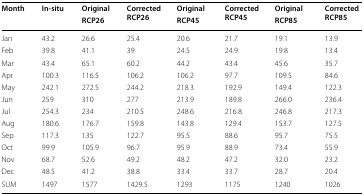
| <ROWSPAN=2> Month | <ROWSPAN=2> In-situ | Original | <ROWSPAN=2> Corrected RCP26 | Original | <ROWSPAN=2> Corrected RCP45 | Original | <ROWSPAN=2> Corrected RCP85 |
 | RCP26 | RCP45 | RCP85 |
 | --- | --- | --- | --- | --- | --- | --- | --- |
 | Jan | 43.2 | 26.6 | 25.4 | 20.6 | 21.7 | 19.1 | 13.9 |
 | Feb | 39.8 | 41.1 | 39 | 24.5 | 24.9 | 19.8 | 13.4 |
 | Mar | 43.4 | 65.1 | 60.2 | 44.2 | 43.4 | 45.6 | 35.7 |
 | Apr | 100.3 | 116.5 | 106.2 | 106.2 | 97.7 | 109.5 | 84.6 |
 | May | 242.1 | 272.5 | 244.2 | 218.3 | 192.9 | 149.4 | 122.3 |
 | Jun | 259 | 310 | 277 | 213.9 | 189.8 | 266.0 | 236.4 |
 | Jul | 254.3 | 234 | 210.5 | 248.6 | 216.8 | 246.8 | 217.3 |
 | Aug | 180.6 | 176.7 | 159.8 | 143.8 | 129.4 | 153.7 | 127.5 |
 | Sep | 117.3 | 135 | 122.7 | 95.5 | 88.6 | 95.7 | 75.5 |
 | Oct | 99.9 | 105.9 | 96.7 | 95.9 | 88.9 | 73.4 | 55.9 |
 | Nov | 68.7 | 52.6 | 49.2 | 48.2 | 47.2 | 32.0 | 23.2 |
 | Dec | 48.5 | 41.2 | 38.8 | 33.4 | 33.7 | 28.7 | 20.4 |
 | SUM | 1497 | 1577 | 1429.5 | 1293 | 1175 | 1240 | 1026 |